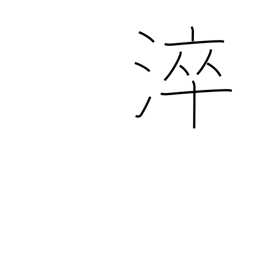
Meaning: quench